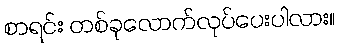
စာရင်း တစ်ခုလောက်လုပ်ပေးပါလား။